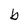
Character: b